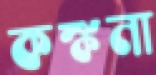
কঙ্কনা